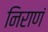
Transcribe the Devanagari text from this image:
निराणं